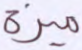
ميزة